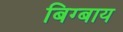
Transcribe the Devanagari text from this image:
बिग्बाय